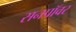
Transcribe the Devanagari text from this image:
सनपॉवर